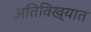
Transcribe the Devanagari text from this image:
अतिविख्यात